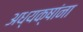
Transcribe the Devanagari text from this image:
अध्यक्षांना